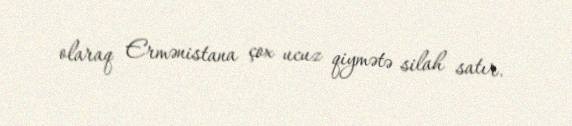
olaraq Ermənistana çox ucuz qiymətə silah satır.